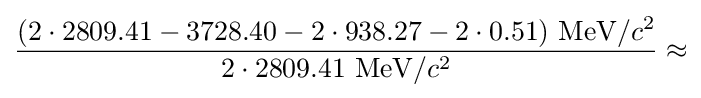
{\frac {(2\cdot 2809.41-3728.40-2\cdot 938.27-2\cdot 0.51){\text{ MeV}}/c^{2}}{2\cdot 2809.41{\text{ MeV}}/c^{2}}}\approx